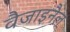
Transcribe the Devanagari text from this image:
वैजाइनैल